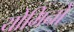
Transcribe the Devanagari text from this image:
योमिनो